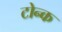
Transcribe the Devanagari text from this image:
टोन्क